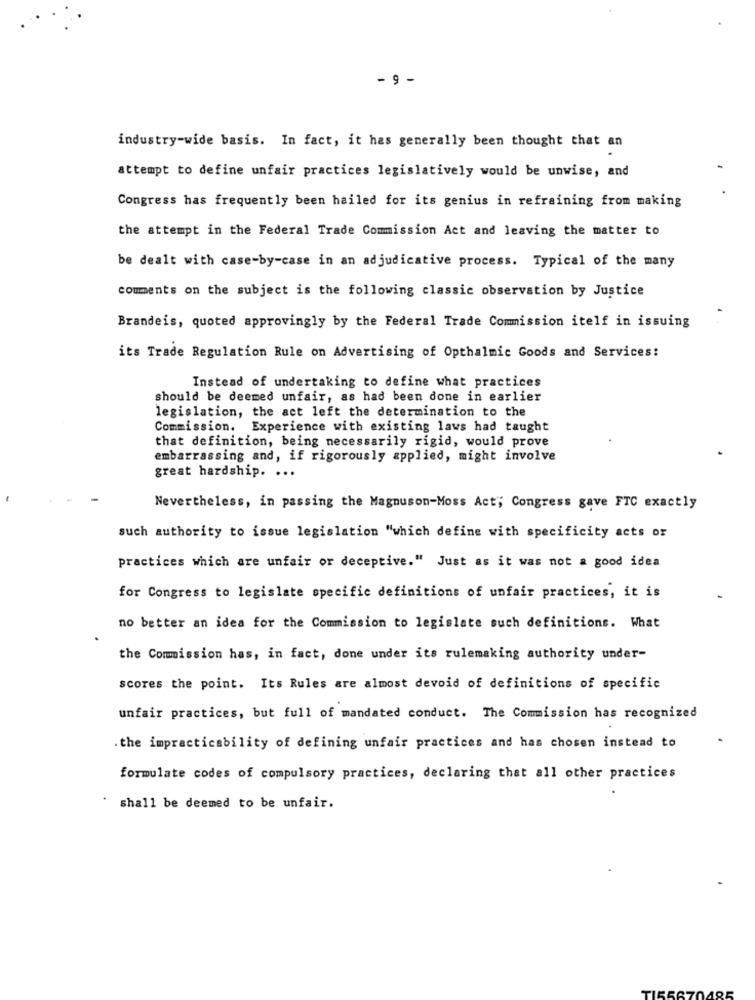
- 9 -
industry-wide basis. In fact, it has generally been thought that an
attempt to define unfair practices legislatively would be unwise, and
Congress has frequently been hailed for its genius in refraining from making
the attempt in the Federal Trade Commission Act and leaving the matter to
be dealt with case-by-case in an adjudicative process. Typical of the many
comments on the subject is the following classic observation by Justice
Brandeis, quoted approvingly by the Federal Trade Commission itelf in issuing
its Trade Regulation Rule on Advertising of Opthalmic Goods and Services:
Instead of undertaking to define what practices
should be deemed unfair, as had been done in earlier
legislation, the act left the determination to the
Commission. Experience with existing laws had taught
that definition, being necessarily rigid, would prove
embarrassing and, if rigorously applied, might involve
great hardship. ...
Nevertheless, in passing the Magnuson-Moss Act; Congress gave FTC exactly
such authority to issue legislation "which define with specificity acts or
practices which are unfair or deceptive." Just as it was not a good idea
for Congress to legislate specific definitions of unfair practices, it is
no better an idea for the Commission to legislate such definitions. What
the Commission has, in fact, done under its rulemaking authority under-
scores the point. Its Rules are almost devoid of definitions of specific
unfair practices, but full of mandated conduct. The Commission has recognized
. the impracticability of defining unfair practices and has chosen instead to
formulate codes of compulsory practices, declaring that all other practices
shall be deemed to be unfair.
TIE